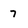
Character: 7